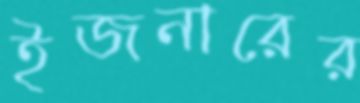
ইজনারের